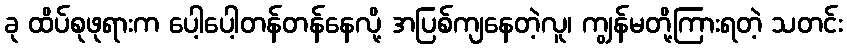
ခု ထိပ်စုဖုရားက ပေါ့ပေါ့တန်တန်နေလို့ အပြစ်ကျနေတဲ့လူ၊ ကျွန်မတို့ကြားရတဲ့ သတင်း